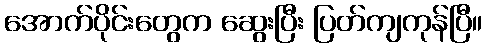
အောက်ပိုင်းတွေက ဆွေးပြီး ပြတ်ကျကုန်ပြီ။